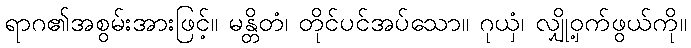
ရာဂ၏အစွမ်းအားဖြင့်။ မန္တိတံ၊ တိုင်ပင်အပ်သော။ ဂုယှံ၊ လျှို့ဝှက်ဖွယ်ကို။